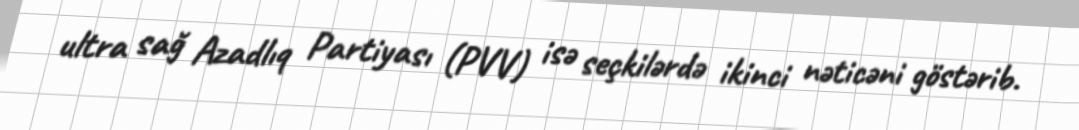
ultra sağ Azadlıq Partiyası (PVV) isə seçkilərdə ikinci nəticəni göstərib.